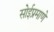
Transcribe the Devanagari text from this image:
सोईप्रमाणे